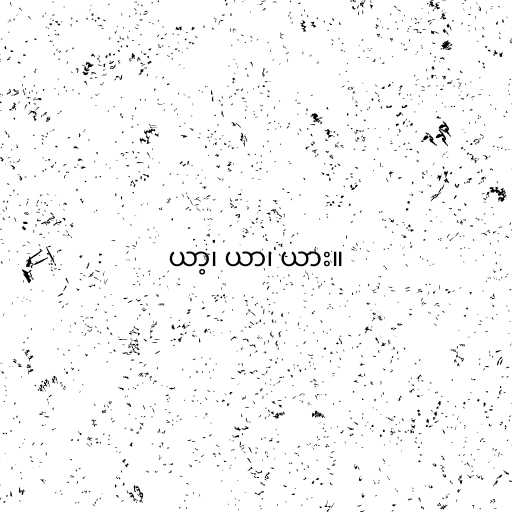
ယာ့၊ ယာ၊ ယား။